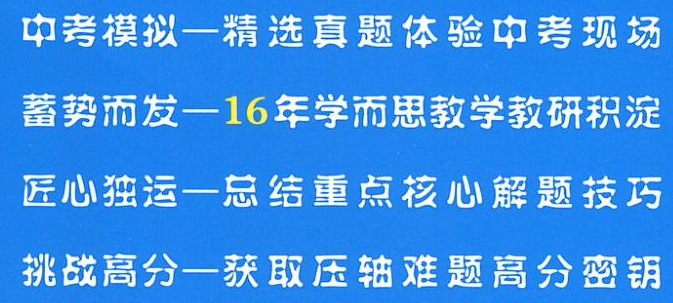
中考模拟一精选真题体验中考现场
蓄势而发一16年学而思教学教研积淀
匠心独运一总结重点核心解题技巧
挑战高分一获取压轴难题高分密钥